kultuurilooline_kollektsioon, lk 104
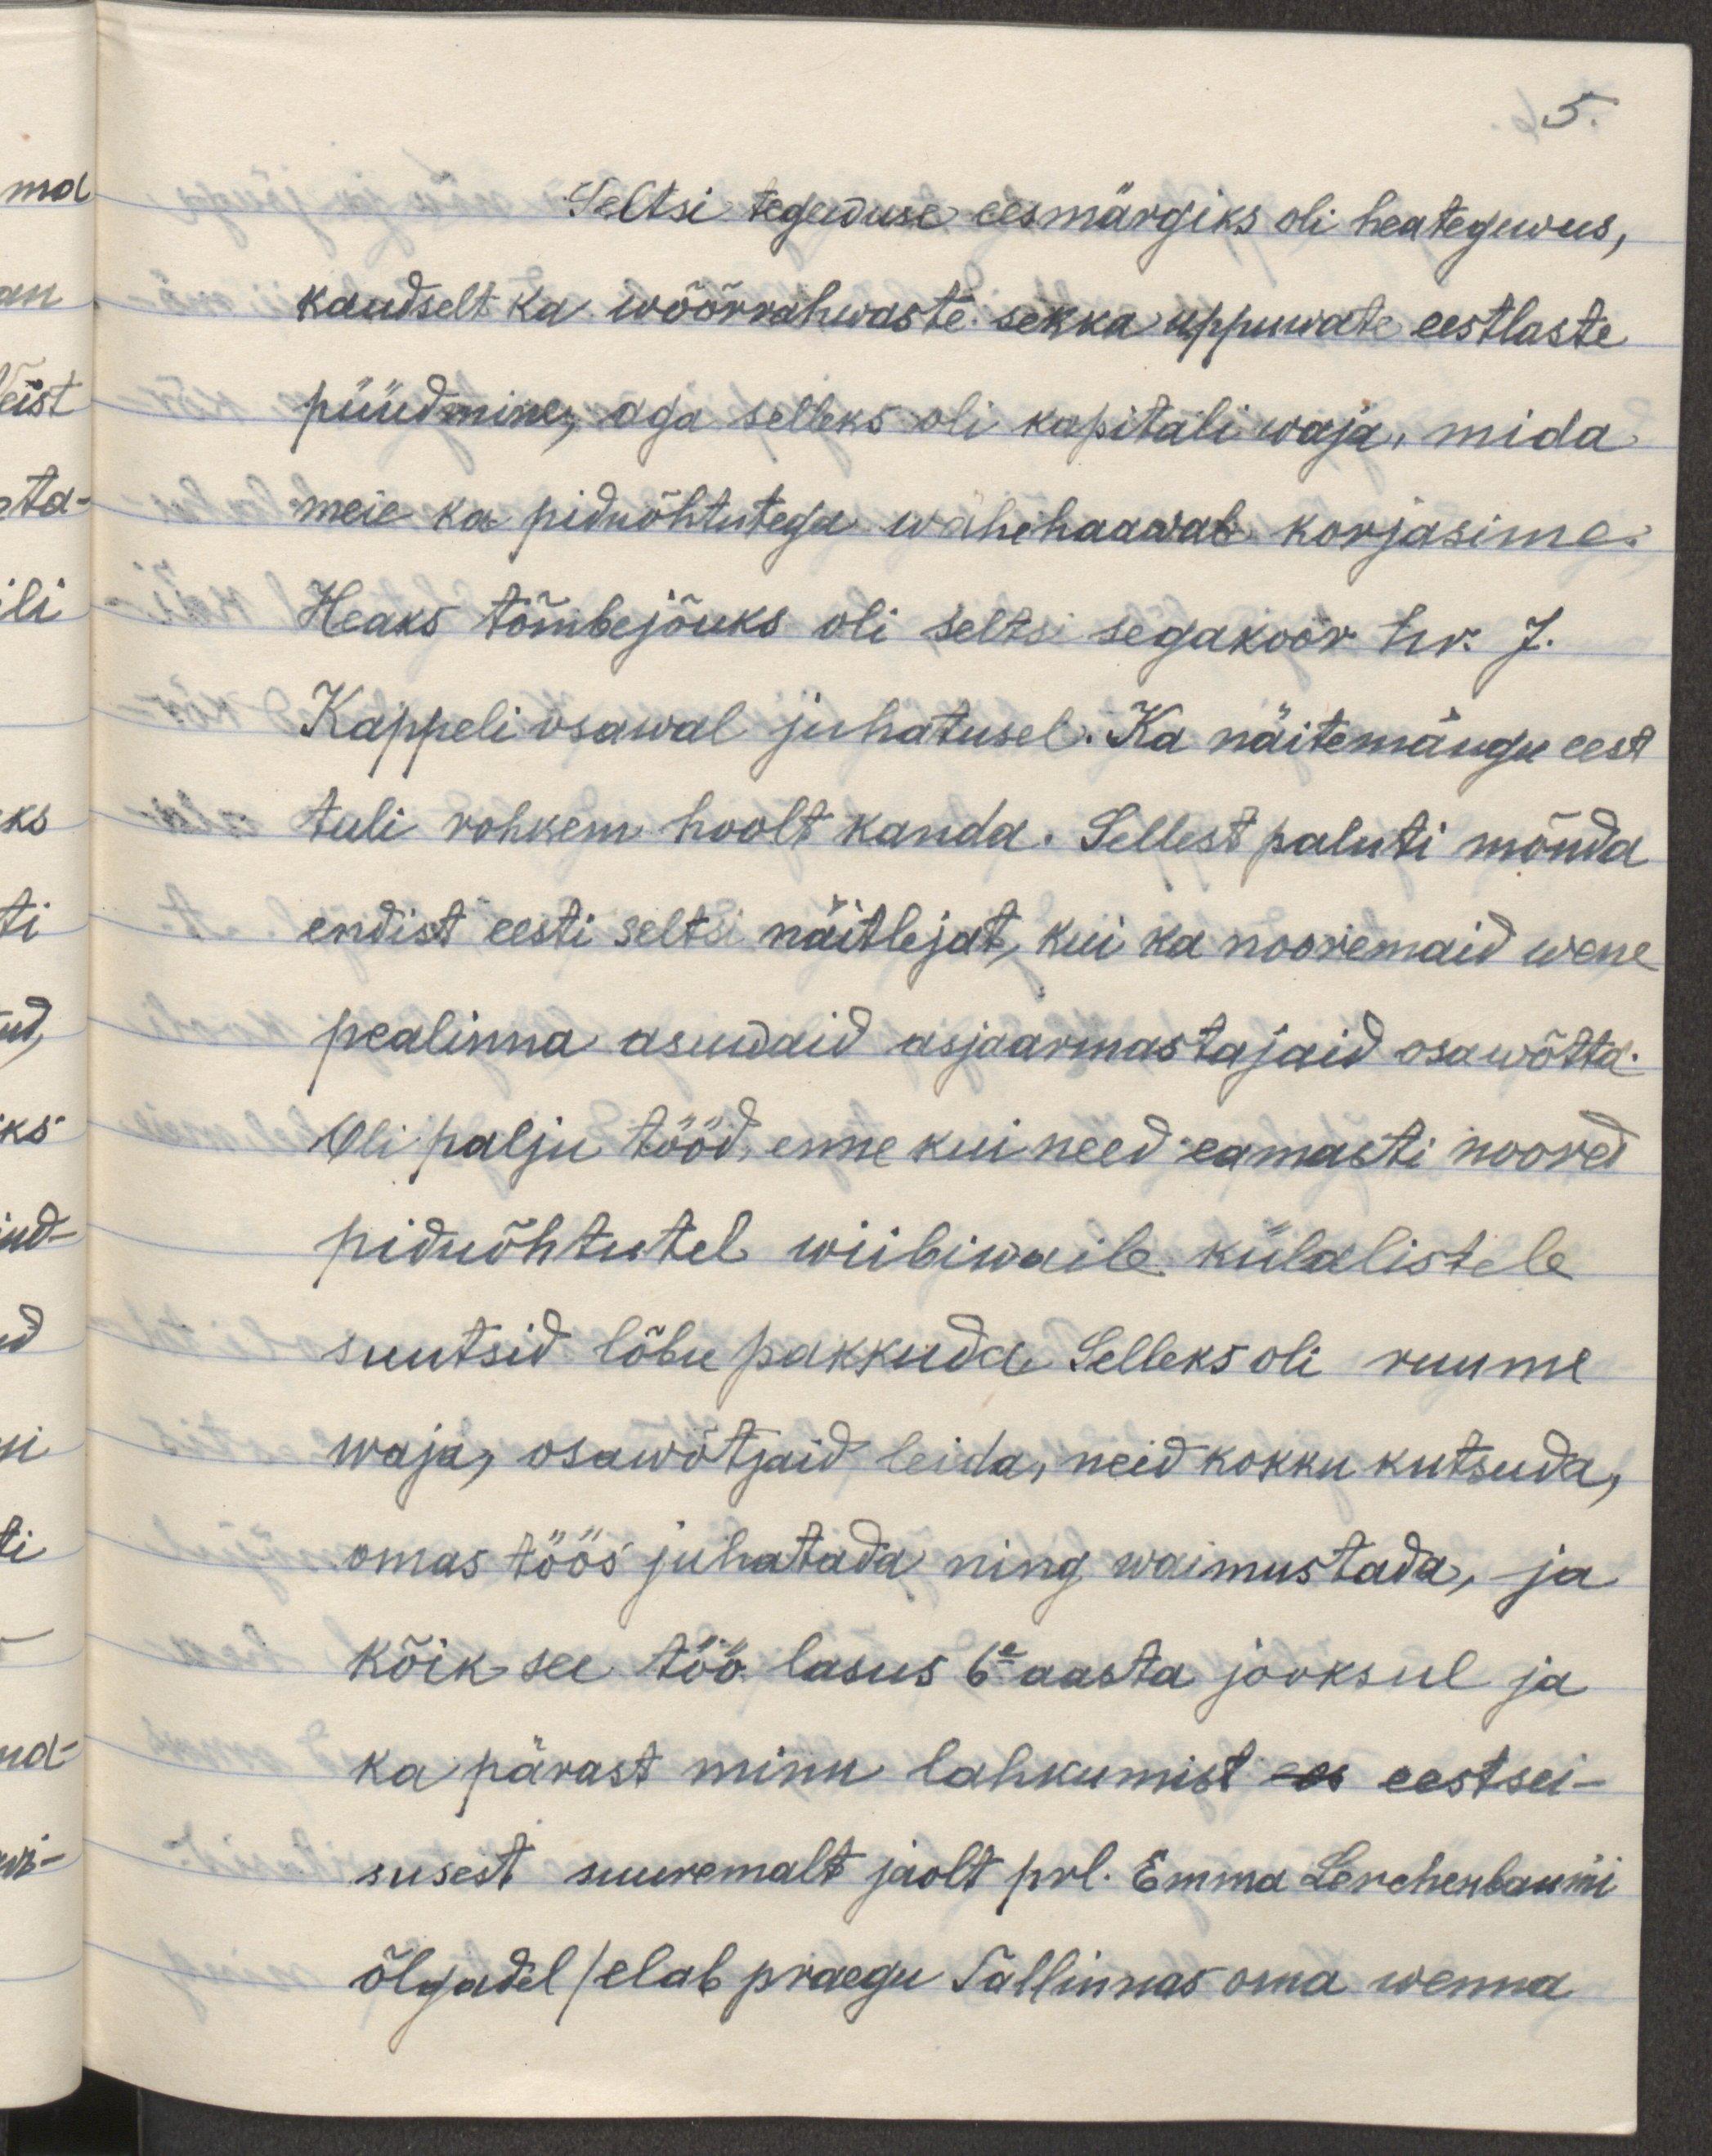
5.
Seltsi tegewuse eesmärgiks oli heategewus,
kaudselt ka wõõrrahwaste sekka uppuwate eestlaste
püüdmine, aga selleks oli kapitali waja, mida
meie ka piduõhtutega wähehaawal korjasime.
Heaks tõmbejõuks oli seltsi segakoor hr. J.
Kappeli osawal juhatusel. Ka näitemängude eest
tuli rohkem hoolt kanda. Sellest paluti mõnda
endist eesti seltsi näitlejat, kui ka nooremaid wene
pealinna asuwaid asjaarmastajaid osawõtta.
Oli palju tööd, enne kui need enamasti noored
piduõhtutel wiibiwaile külalistele
suutsid lõbu pakkuda. Selleks oli ruume
waja, osawõtjaid leida, neid kokku kutsuda,
omas töös juhatada ning waimustada, ja
kõik see töö lasus 6e aasta jooksul ja
ka pärast minu lahkumist eestsei-
susest suuremalt jaolt prl. Emma Lerchenbaum'i
õlgadel/ elab praegu Tallinnas oma wenna